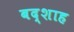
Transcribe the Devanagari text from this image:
बद्शाह